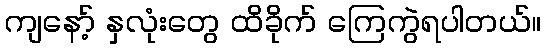
ကျနော့် နှလုံးတွေ ထိခိုက် ကြေကွဲရပါတယ်။